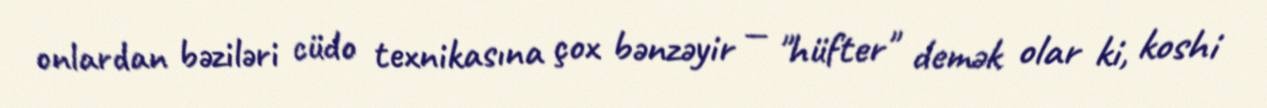
onlardan bəziləri cüdo texnikasına çox bənzəyir — "hüfter" demək olar ki, koshi